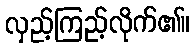
လှည့်ကြည့်လိုက်၏။